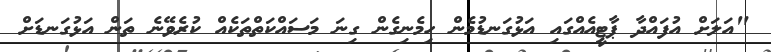
"އަލަށް އުފައްދާ ޕާޓީއެއްގައި އަޅުގަނޑުމެން ހިމެނިގެން ގިނަ މަސައްކަތްތަކެއް ކުރެވޭނެ ތަން އަޅުގަނޑަށް